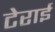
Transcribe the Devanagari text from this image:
टेराई